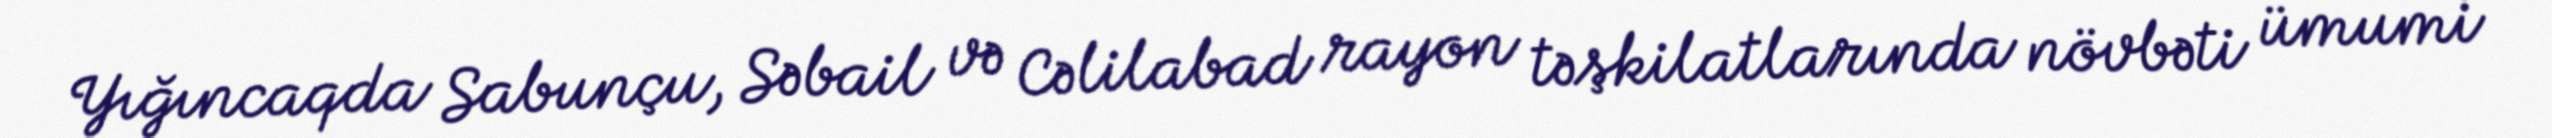
Yığıncaqda Sabunçu, Səbail və Cəlilabad rayon təşkilatlarında növbəti ümumi